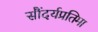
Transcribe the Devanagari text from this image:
सौंदर्यप्रतिमा